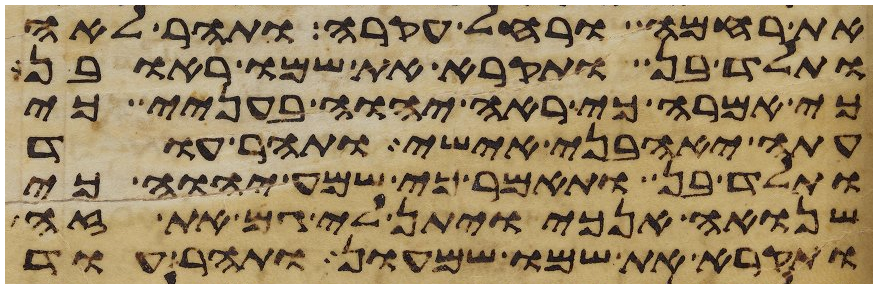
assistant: את רחמה ורחל עקרה ותהר לאה
ותלד בן ותקרא את שמו ראובן
כי אמרה כי ראה יהוה בעניי כי
עתה יאהבני אישי ותהר עוד
ותלד בן ותאמר כי שמע יהוה כי
שנואה אנכי ויתן לי גם את זה
ותקרא את שמו שמעון ותהר עוד